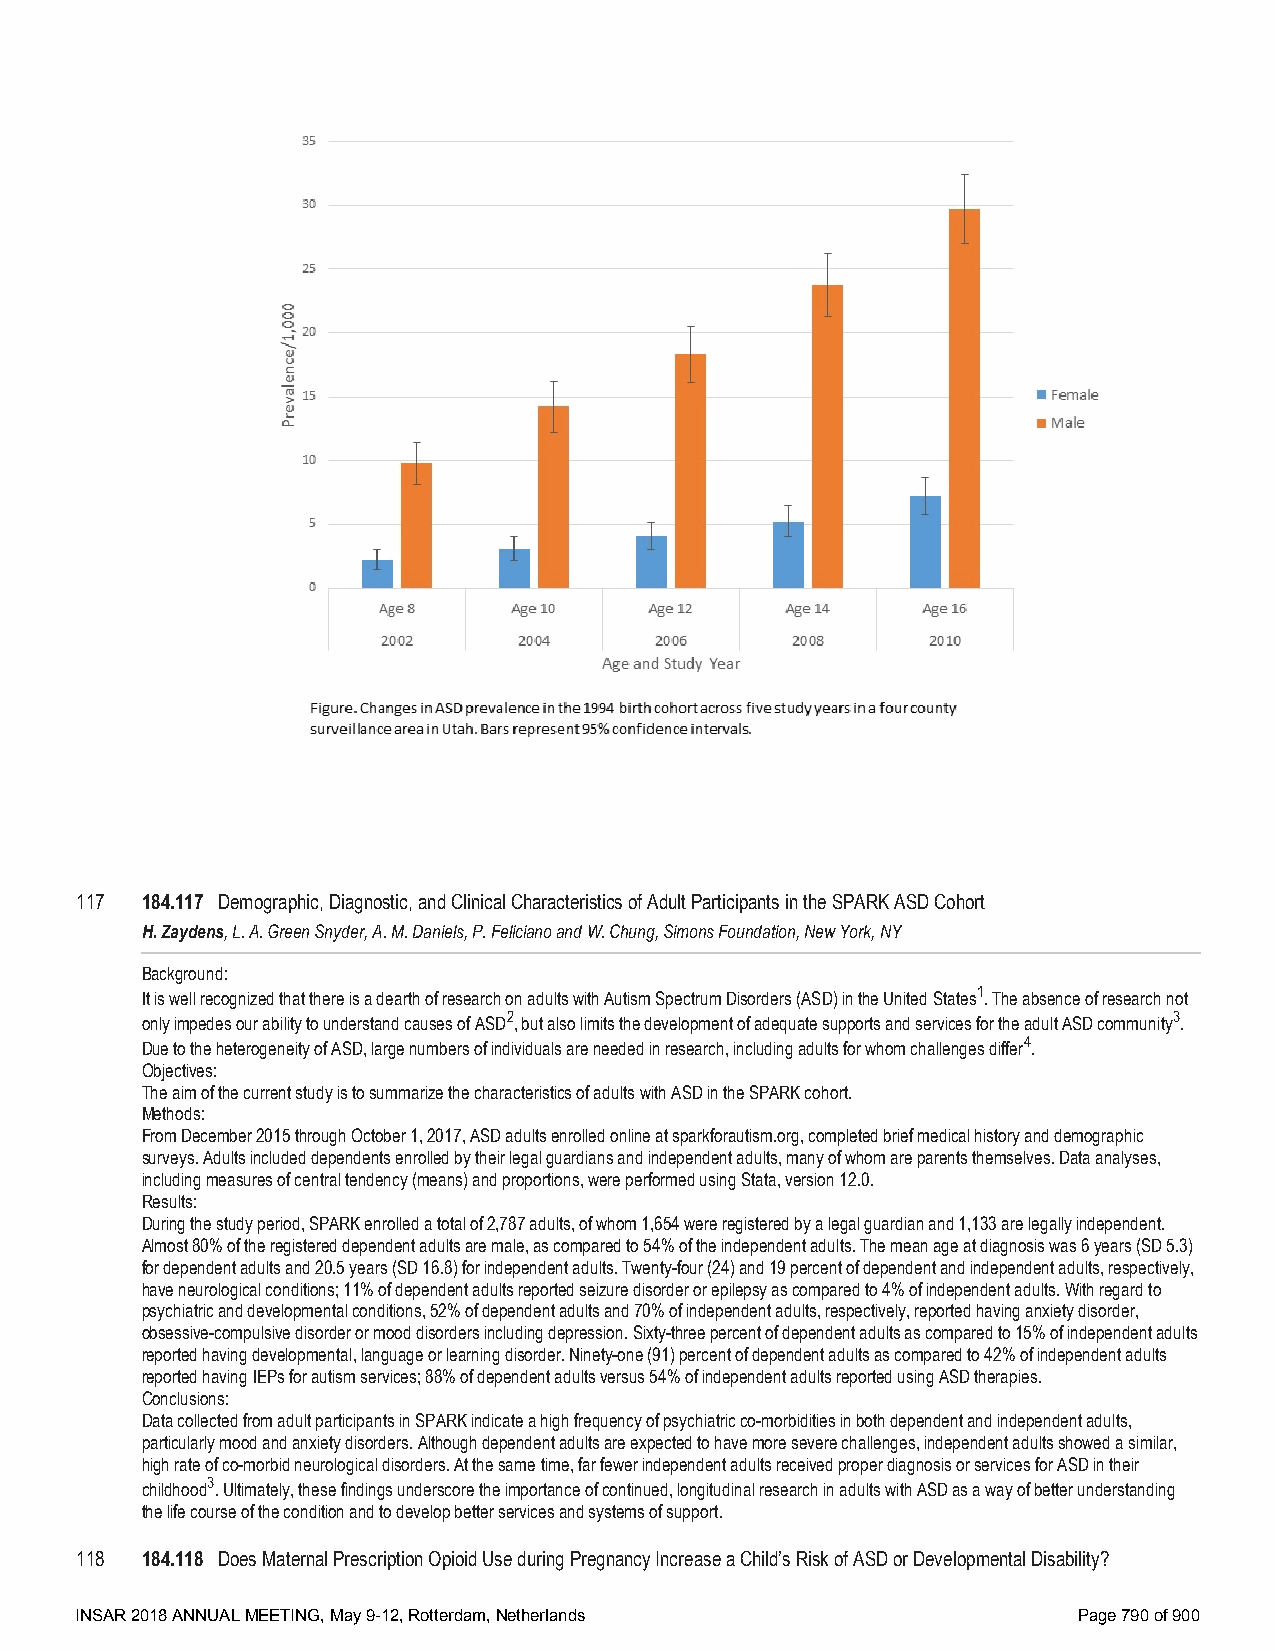
117 184.117 Demographic, Diagnostic, and Clinical Characteristics of Adult Participants in the SPARK ASD Cohort
 H. Zaydens, L. A. Green Snyder, A. M. Daniels, P. Feliciano and W. Chung, Simons Foundation, New York, NY
 Background:
 It is well recognized that there is a dearth of research on adults with Autism Spectrum Disorders (ASD) in the United States1. The absence of research not
 only impedes our ability to understand causes of ASD2, but also limits the development of adequate supports and services for the adult ASD community3.
 Due to the heterogeneity of ASD, large numbers of individuals are needed in research, including adults for whom challenges differ4.
 Objectives:
 The aim of the current study is to summarize the characteristics of adults with ASD in the SPARK cohort.
 Methods:
 From December 2015 through October 1, 2017, ASD adults enrolled online at sparkforautism.org, completed brief medical history and demographic
 surveys. Adults included dependents enrolled by their legal guardians and independent adults, many of whom are parents themselves. Data analyses,
 including measures of central tendency (means) and proportions, were performed using Stata, version 12.0.
 Results:
 During the study period, SPARK enrolled a total of 2,787 adults, of whom 1,654 were registered by a legal guardian and 1,133 are legally independent.
 Almost 80% of the registered dependent adults are male, as compared to 54% of the independent adults. The mean age at diagnosis was 6 years (SD 5.3)
 for dependent adults and 20.5 years (SD 16.8) for independent adults. Twenty-four (24) and 19 percent of dependent and independent adults, respectively,
 have neurological conditions; 11% of dependent adults reported seizure disorder or epilepsy as compared to 4% of independent adults. With regard to
 psychiatric and developmental conditions, 52% of dependent adults and 70% of independent adults, respectively, reported having anxiety disorder,
 obsessive-compulsive disorder or mood disorders including depression. Sixty-three percent of dependent adults as compared to 15% of independent adults
 reported having developmental, language or learning disorder. Ninety-one (91) percent of dependent adults as compared to 42% of independent adults
 reported having IEPs for autism services; 88% of dependent adults versus 54% of independent adults reported using ASD therapies.
 Conclusions:
 Data collected from adult participants in SPARK indicate a high frequency of psychiatric co-morbidities in both dependent and independent adults,
 particularly mood and anxiety disorders. Although dependent adults are expected to have more severe challenges, independent adults showed a similar,
 high rate of co-morbid neurological disorders. At the same time, far fewer independent adults received proper diagnosis or services for ASD in their
 childhood3. Ultimately, these findings underscore the importance of continued, longitudinal research in adults with ASD as a way of better understanding
 the life course of the condition and to develop better services and systems of support.
 118 184.118 Does Maternal Prescription Opioid Use during Pregnancy Increase a Child’s Risk of ASD or Developmental Disability?
 INSAR 2018 ANNUAL MEETING, May 9-12, Rotterdam, Netherlands       Page 790 of 900